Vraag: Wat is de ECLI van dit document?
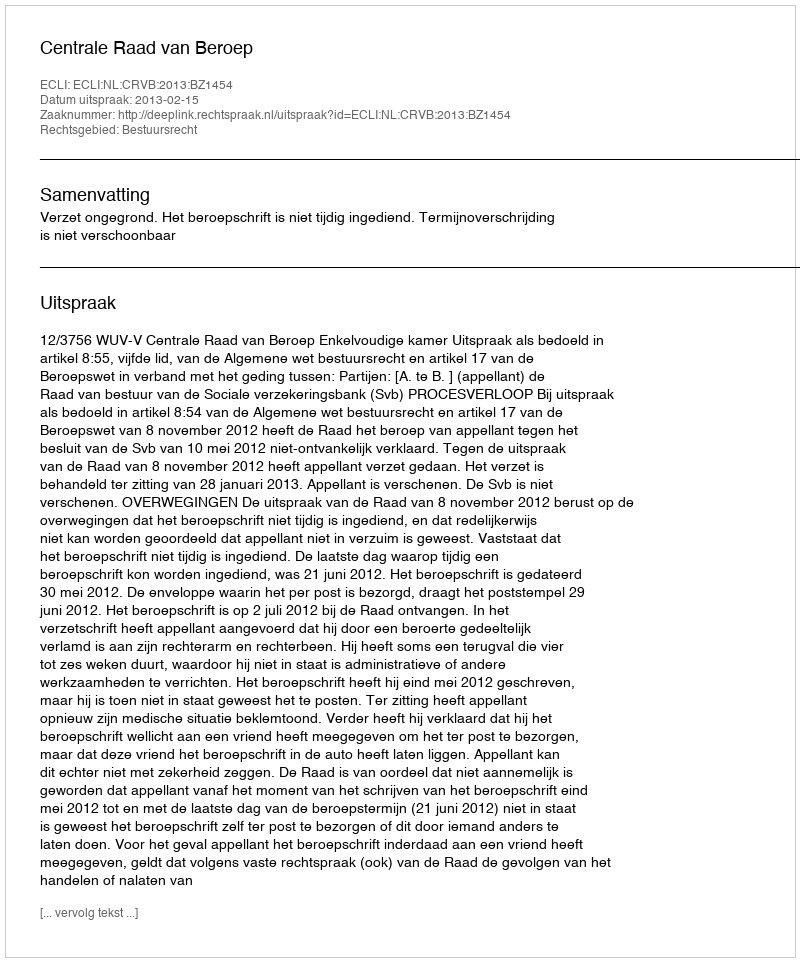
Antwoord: ECLI:NL:CRVB:2013:BZ1454